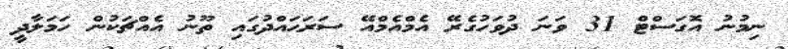
ނިމުނު އޮގަސްޓް 31 ވަނަ ދުވަހުގެރޭ އެމްއެމްއޭ ސަރަޙައްދުގައި ތޫނު އެއްޗަކުން ހަމަލާދީ